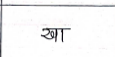
मजकूर: खा